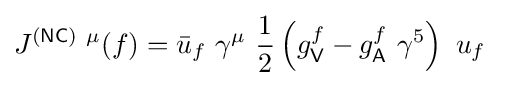
J^{{\mathsf {(NC)}}\ \mu }(f)={\bar {u}}_{f}\ \gamma ^{\mu }\ {\frac {1}{2}}\left(g_{\mathsf {V}}^{f}-g_{\mathsf {A}}^{f}\ \gamma ^{5}\right)\ u_{f}\